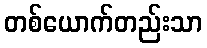
တစ်ယောက်တည်းသာ